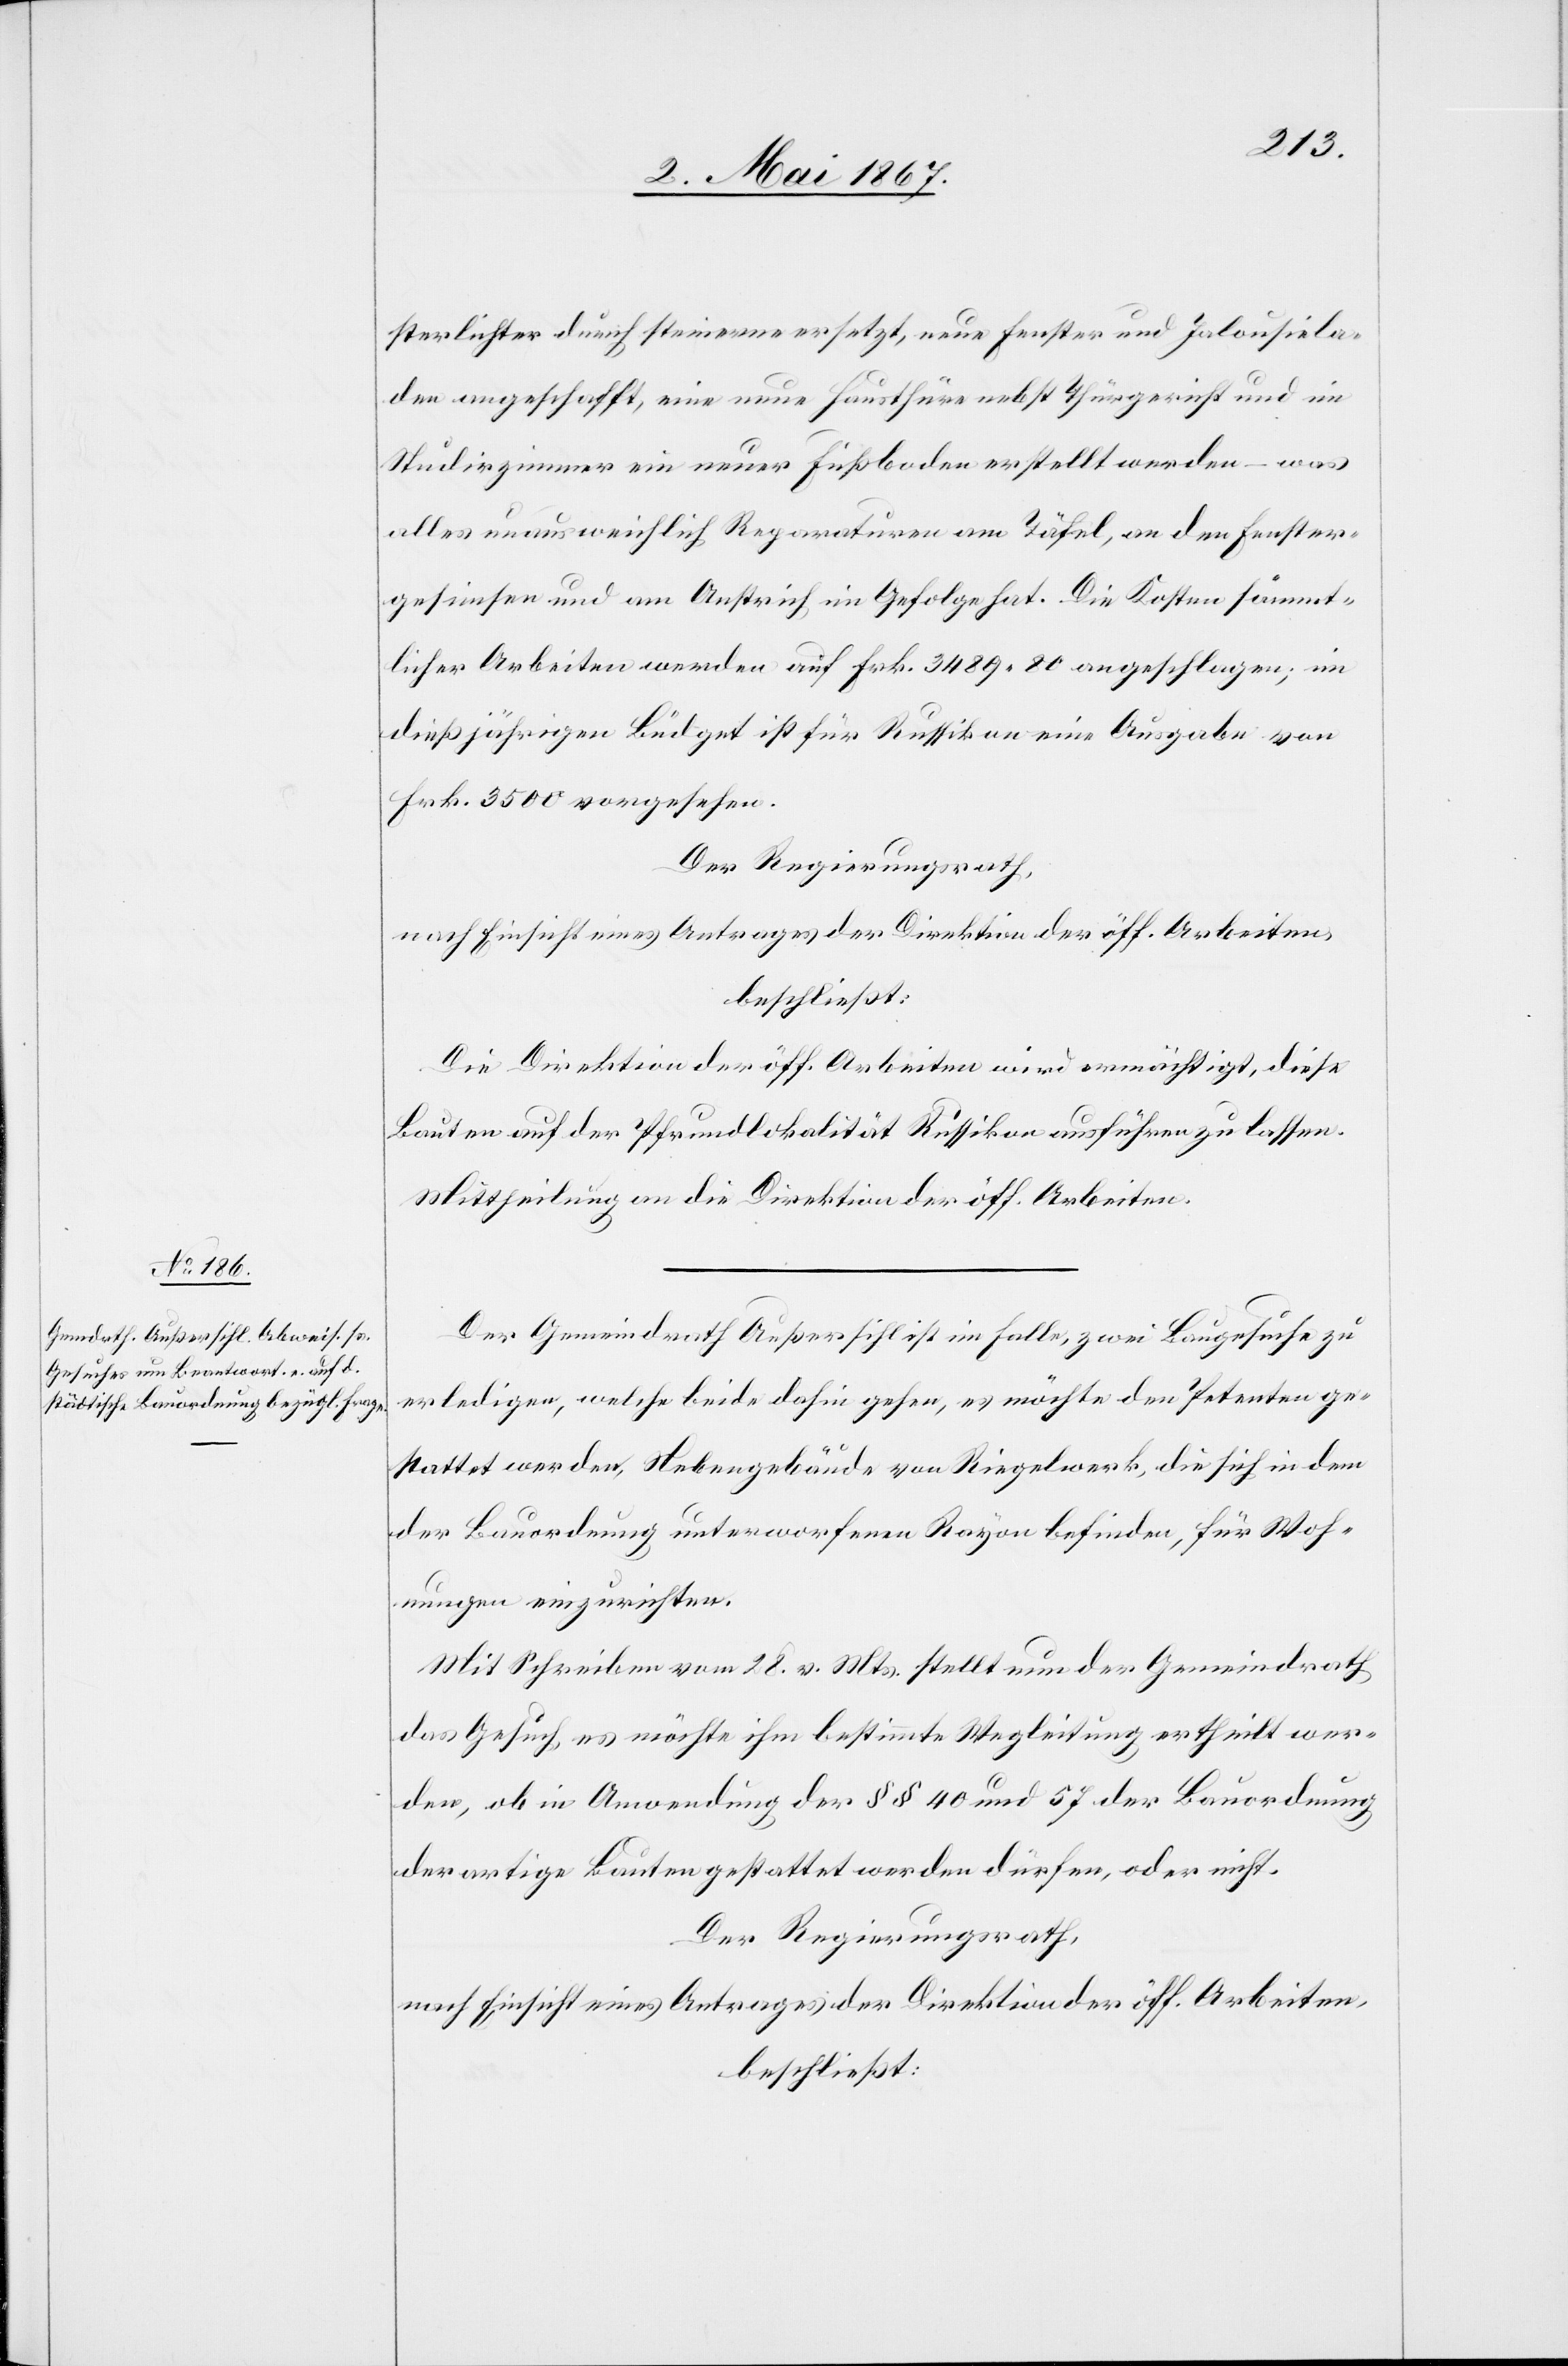
sterlichter durch steinerne ersetzt, neue Fenster und Jalousiela¬
den angeschafft, eine neue Hausthüre nebst Thürgerüst und im
Studirzimmer ein neuer Fußboden erstellt werden – was
alles unausweichlich Reparaturen am Täfel, an den Fenster¬
gesimsen und am Anstrich in Gefolge hat. Die Kosten sämmt¬
licher Arbeiten werden auf Frk. 3489. 80 angeschlagen; im
dießjährigen Büdget ist für Russikon eine Ausgabe von
Frk. 3500 vorgesehen.
Der Regierungsrath,
nach Einsicht eines Antrages der Direktion der öff. Arbeiten,
beschließt:
Die Direktion der öff. Arbeiten wird ermächtigt, diese
Bauten auf der Pfrundlokalität Russikon ausführen zu lassen.
Mittheilung an die Direktion der öff. Arbeiten.
Der Gemeindrath Außersihl ist im Falle, zwei Baugesuche zu
erledigen, welche beide dahin gehen, es möchte den Petenten ge¬
stattet werden, Nebengebäude von Riegelwerk, die sich in dem
der Bauordnung unterworfenen Rayon befinden, für Woh¬
nungen einzurichten.
Mit Schreiben vom 28. v. Mts. stellt nun der Gemeindrath
das Gesuch, es möchte ihm bestimmte Wegleitung ertheilt wer¬
den, ob in Anwendung der §§ 40 und 57 der Bauordnung
derartige Bauten gestattet werden dürfen, oder nicht.
Der Regierungsrath,
nach Einsicht eines Antrages der Direktion der öff. Arbeiten,
beschließt: